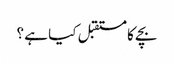
بچے کا مستقبل کیا ہے ؟